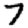
Digit: 7